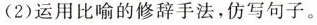
(2)运用比喻的修辞手法，仿写句子。